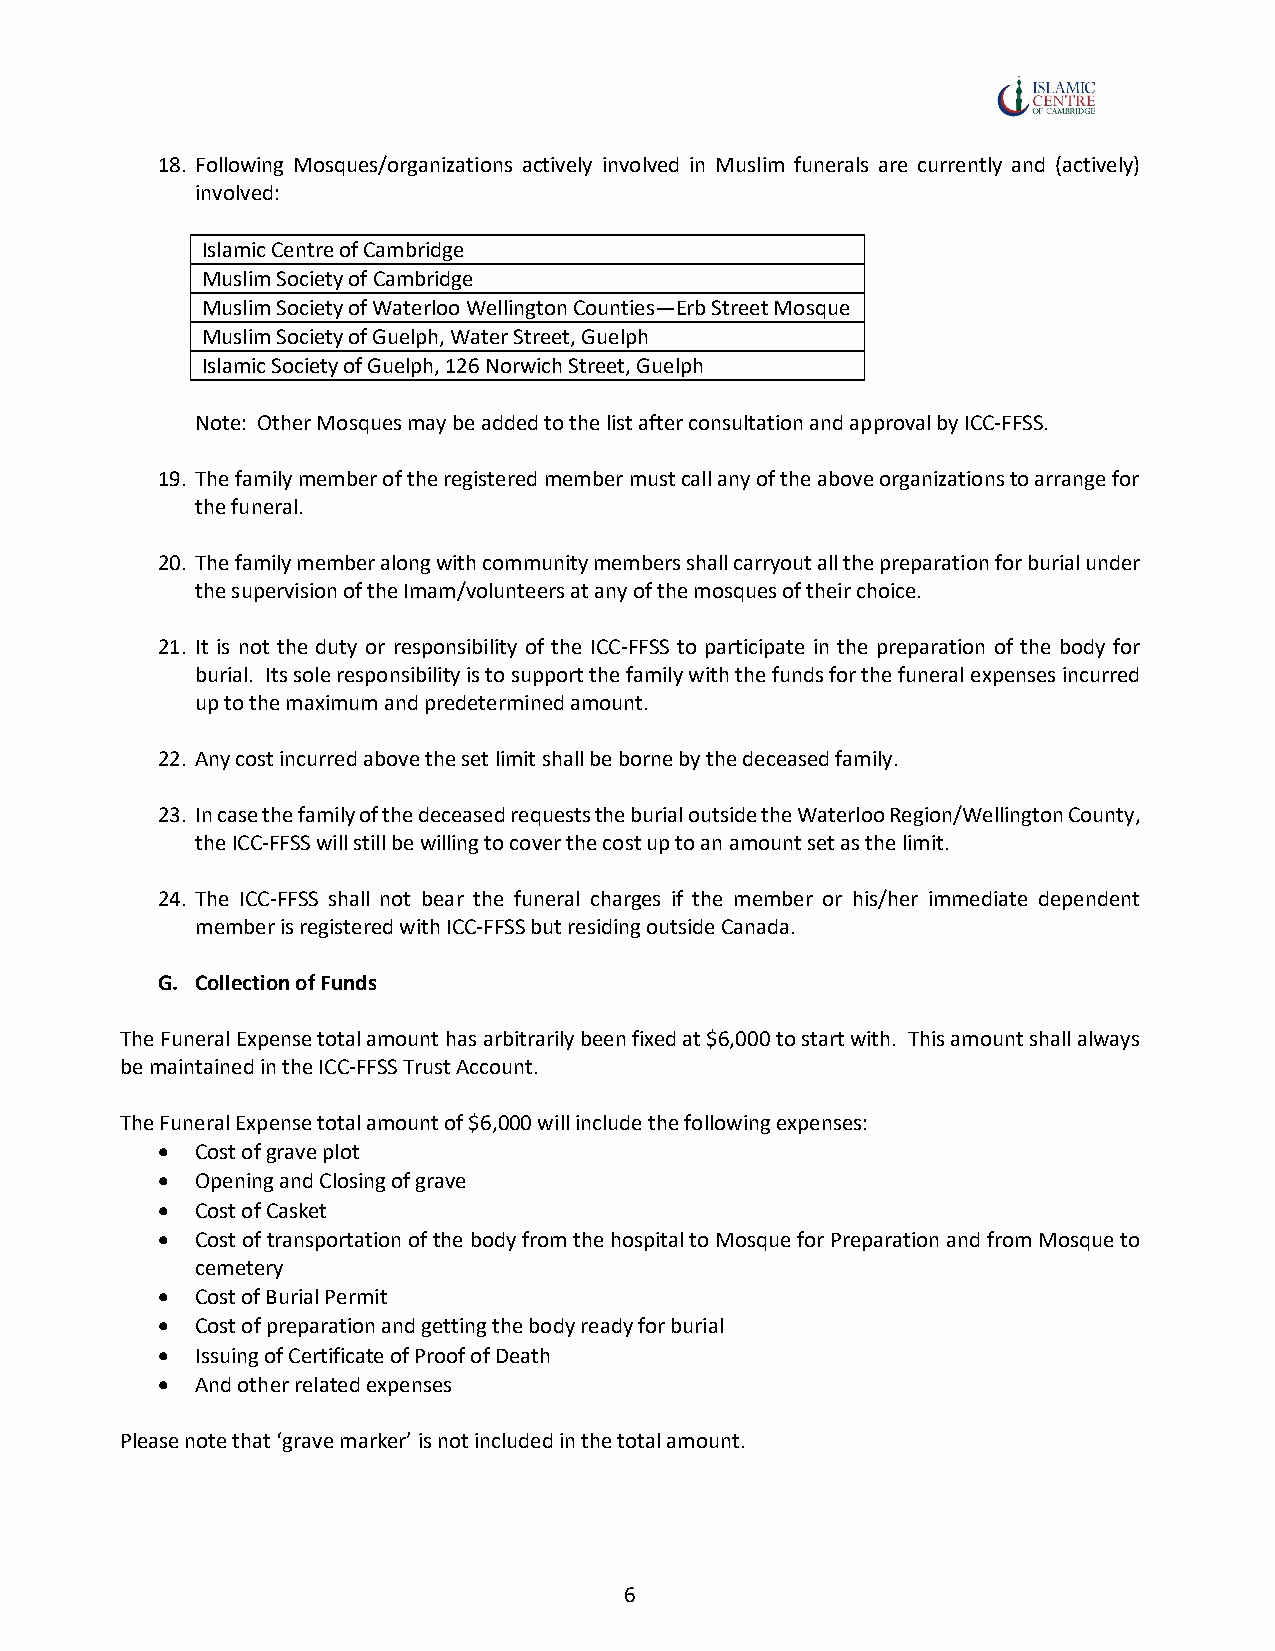
18. Following Mosques/organizations actively involved in Muslim funerals are currently and (actively)
 involved:
 Islamic Centre of Cambridge
 Muslim Society of Cambridge
 Muslim Society of Waterloo Wellington Counties—Erb Street Mosque
 Muslim Society of Guelph, Water Street, Guelph
 Islamic Society of Guelph, 126 Norwich Street, Guelph
 Note: Other Mosques may be added to the list after consultation and approval by ICC-FFSS.
 19. The family member of the registered member must call any of the above organizations to arrange for
 the funeral.
 20. The family member along with community members shall carryout all the preparation for burial under
 the supervision of the Imam/volunteers at any of the mosques of their choice.
 21. It is not the duty or responsibility of the ICC-FFSS to participate in the preparation of the body for
 burial. Its sole responsibility is to support the family with the funds for the funeral expenses incurred
 up to the maximum and predetermined amount.
 22. Any cost incurred above the set limit shall be borne by the deceased family.
 23. In case the family of the deceased requests the burial outside the Waterloo Region/Wellington County,
 the ICC-FFSS will still be willing to cover the cost up to an amount set as the limit.
 24. The ICC-FFSS shall not bear the funeral charges if the member or his/her immediate dependent
 member is registered with ICC-FFSS but residing outside Canada.
 G. Collection of Funds
 The Funeral Expense total amount has arbitrarily been fixed at $6,000 to start with. This amount shall always
 be maintained in the ICC-FFSS Trust Account.
 The Funeral Expense total amount of $6,000 will include the following expenses:
 •  Cost of grave plot
 •  Opening and Closing of grave
 •  Cost of Casket
 •  Cost of transportation of the body from the hospital to Mosque for Preparation and from Mosque to
 cemetery
 •  Cost of Burial Permit
 •  Cost of preparation and getting the body ready for burial
 •  Issuing of Certificate of Proof of Death
 •  And other related expenses
 Please note that ‘grave marker’ is not included in the total amount.
 6